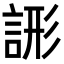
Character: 𧨘